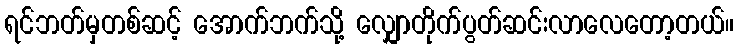
ရင်ဘတ်မှတစ်ဆင့် အောက်ဘက်သို့ လျှောတိုက်ပွတ်ဆင်းလာလေတော့တယ်။